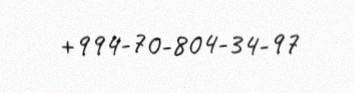
+994-70-804-34-97